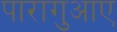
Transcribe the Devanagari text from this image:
पारागुआए